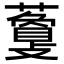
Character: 𧁰